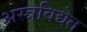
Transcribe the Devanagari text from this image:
अस्त्रविद्येत